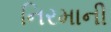
નિરમાની